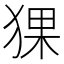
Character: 猓